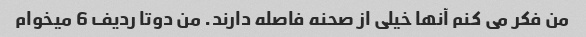
من فکر می کنم آنها خیلی از صحنه فاصله دارند. من دوتا ردیف 6 میخوام